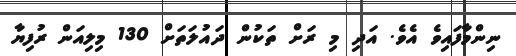
ނިންމާފައިވެ އެވެ. އަދި މި ރަށް ތަކުން ދައުލަތަށް 130 މިލިއަން ރުފިޔާ